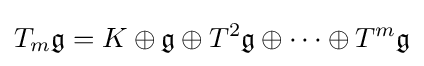
T_{m}{\mathfrak {g}}=K\oplus {\mathfrak {g}}\oplus T^{2}{\mathfrak {g}}\oplus \cdots \oplus T^{m}{\mathfrak {g}}